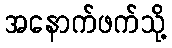
အနောက်ဖက်သို့